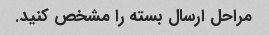
مراحل ارسال بسته را مشخص کنید.